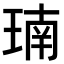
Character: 𪻳